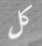
كل